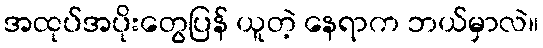
အထုပ်အပိုးတွေပြန် ယူတဲ့ နေရာက ဘယ်မှာလဲ။